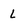
Character: L